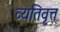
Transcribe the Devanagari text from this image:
व्यतिवृत्त